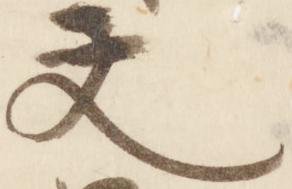
文